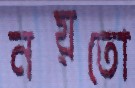
নয়তো